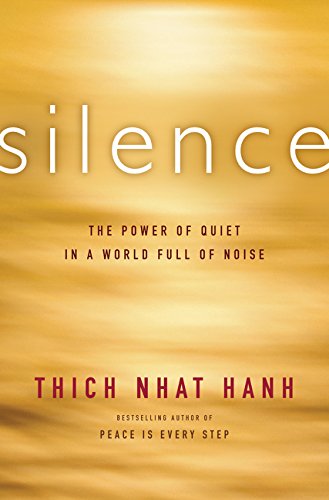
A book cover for Silence: The Power of Quiet in a World Full of Noise; Thich Nhat Hanh; Religion & Spirituality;